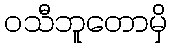
ဝသီဘူတောမှိ